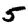
Digit: 5